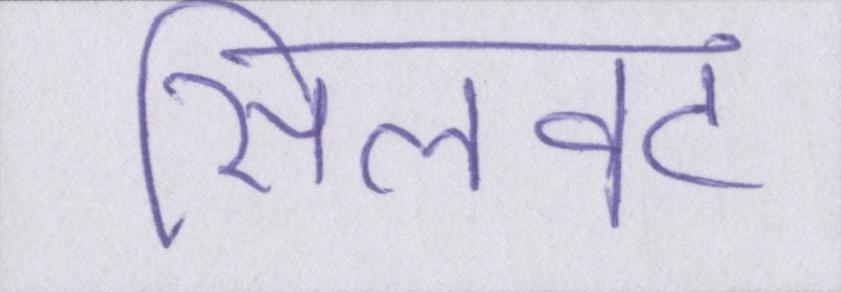
सिलवट